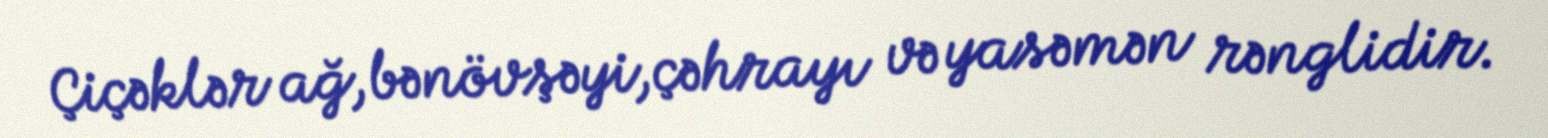
Çiçəklər ağ,bənövşəyi,çəhrayı və yasəmən rənglidir.